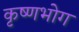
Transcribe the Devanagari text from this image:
कृष्णभोग